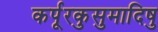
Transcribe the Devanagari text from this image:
कर्पूरकुसुमादिषु